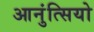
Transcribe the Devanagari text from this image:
आनुंत्सियो